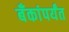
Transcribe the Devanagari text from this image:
बँकांपर्यंत